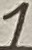
Text: 1